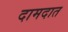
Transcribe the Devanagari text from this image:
दामदात